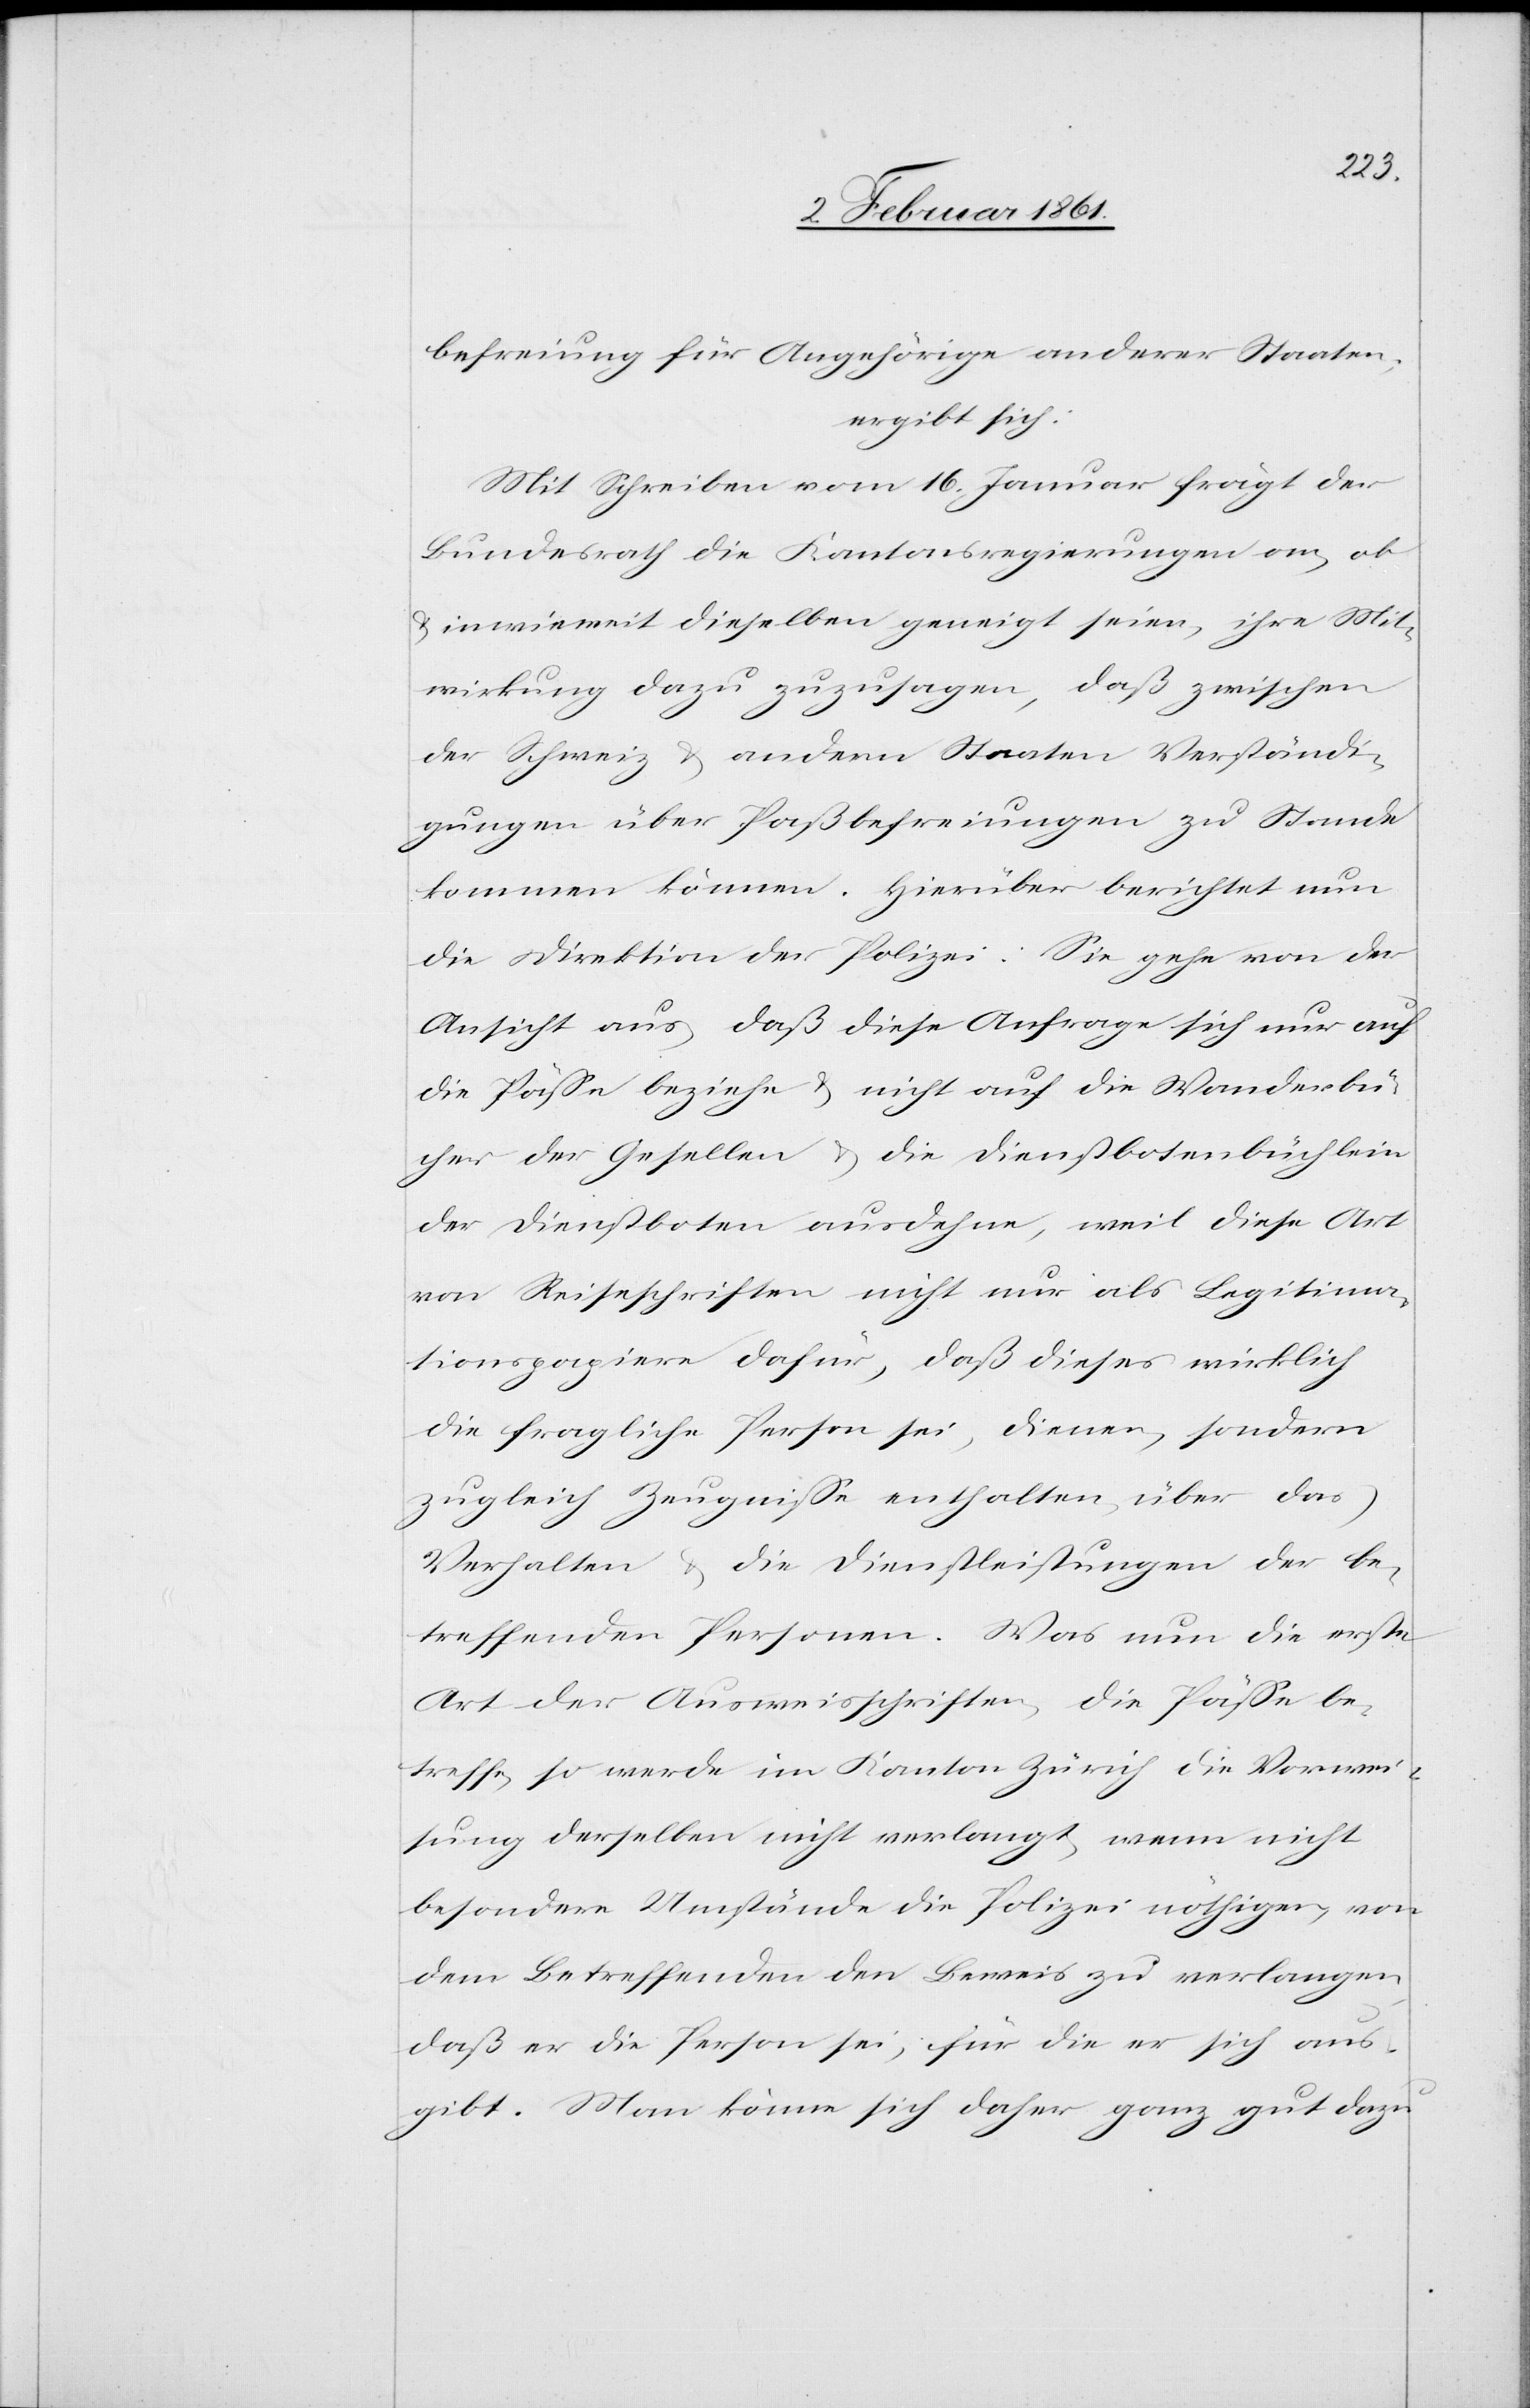
befreiung für Angehörige anderer Staaten,
ergibt sich:
Mit Schreiben vom 16. Januar frägt der
Bundesrath die Kantonsregierungen an, ob
inwieweit dieselben geneigt seien, ihre Mit¬
wirkung dazu zuzusagen, daß zwischen
der Schweiz u. andern Staaten Verständi¬
gungen über Paßbefreiungen zu Stande
kommen können. Hierüber berichtet nun
die Direktion der Polizei: Sie gehe von der
u.
Ansicht aus, daß diese Anfrage sich nur auf
die Pässe beziehe u. nicht auf die Wanderbü¬
cher der Gesellen u. die Dienstbotenbüchlein
der Dienstboten ausdehne, weil diese Art
von Reiseschriften nicht nur als Legitima¬
tionspapiere dafür, daß dieses wirklich
die fragliche Person sei, diene, sondern
zugleich Zeugnisse enthalten, über das
Verhalten u. die Dienstleistungen der be¬
treffenden Personen. Was nun die erste
Art der Ausweisschriften, die Pässe be¬
treffe, so wird im Kanton Zürich die Vorwei¬
sung derselben nicht verlangt, wenn nicht
besondere Umstände die Polizei nöthigen, von
dem Betreffenden den Beweis zu verlangen,
daß er die Person sei, für die er sich aus¬
gibt. Man könne sich daher ganz gut dazu